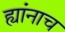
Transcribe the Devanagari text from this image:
ह्यांनाच